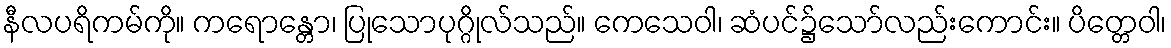
နီလပရိကမ်ကို။ ကရောန္တော၊ ပြုသောပုဂ္ဂိုလ်သည်။ ကေသေဝါ၊ ဆံပင်၌သော်လည်းကောင်း။ ပိတ္တေဝါ၊